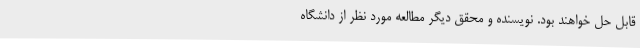
قابل حل خواهند بود. نویسنده و محقق دیگر مطالعه مورد نظر از دانشگاه